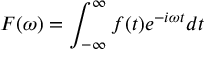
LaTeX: F ( \omega ) = \int _ { - \infty } ^ { \infty } f ( t ) e ^ { - i \omega t } d t